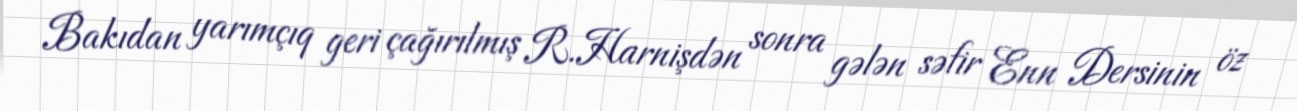
Bakıdan yarımçıq geri çağırılmış R.Harnişdən sonra gələn səfir Enn Dersinin öz